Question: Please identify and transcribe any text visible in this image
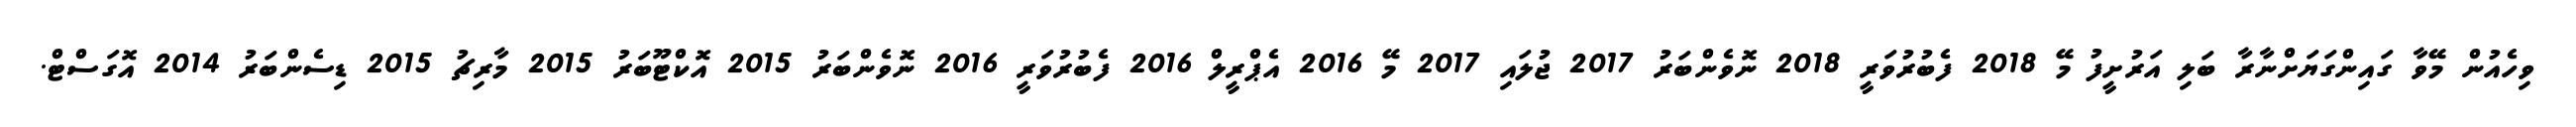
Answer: ވިހެއުން މޭވާ ގައިންގަޔަށްނާރާ ބަލި އަރުށީފު މޭ 2018 ފެބުރުވަރީ 2018 ނޮވެންބަރު 2017 ޖުލައި 2017 މޭ 2016 އެޕްރީލް 2016 ފެބުރުވަރީ 2016 ނޮވެންބަރު 2015 އޮކްޓޫބަރު 2015 މާރިޗު 2015 ޑިސެންބަރު 2014 އޮގަސްޓް.